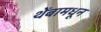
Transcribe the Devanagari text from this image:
थेंबामधून